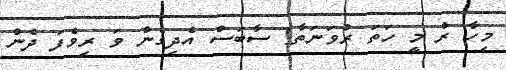
މިހާ ރު މީ ހަތަ ރުވަނަތާ! ސާބަސް އެދިގެން ވަ ރިވެފަ ދެން